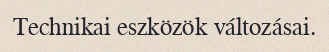
Technikai eszközök változásai.